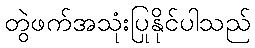
တွဲဖက်အသုံးပြုနိုင်ပါသည်